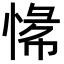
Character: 𫺟